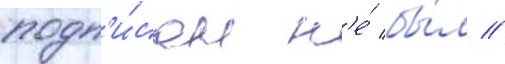
подп'и́сан н'е́ бы́л //